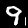
Digit: 9